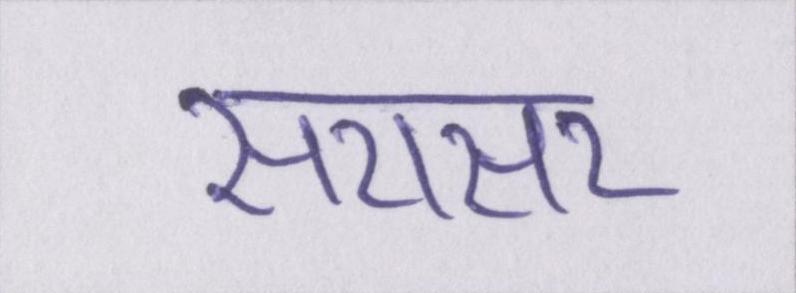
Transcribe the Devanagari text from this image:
सरासर